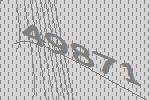
49871